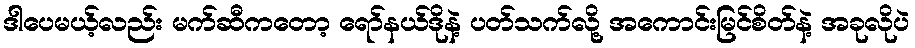
ဒါပေမယ့်လည်း မက်ဆီကတော့ ရော်နယ်ဒိုနဲ့ ပတ်သက်လို့ အကောင်းမြင်စိတ်နဲ့ အခုလိုပဲ